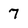
Character: 7